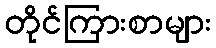
တိုင်ကြားစာများ